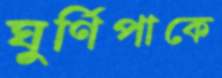
ঘুর্ণিপাকে